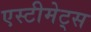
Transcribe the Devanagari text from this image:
एस्टीमेट्स